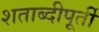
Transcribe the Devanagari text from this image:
शताब्दीपूर्ती